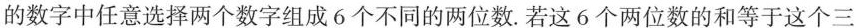
的数字中任意选择两个数字组成 6 个不同的两位数。若这 6 个两位数的和等于这个三